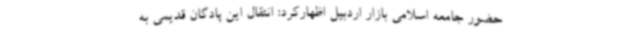
حضور جامعه اسلامی بازار اردبیل اظهارکرد: انتقال این پادگان قدیمی به